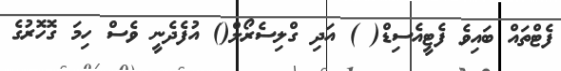
ފެޓްތައް ބައިވެ ފެޓީއެސިޑް( ) އަދި ގްލިސެރޯލް() އުފެދެނީ ވެސް ހިމަ ގޮހޮރުގެ